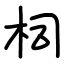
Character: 柌